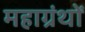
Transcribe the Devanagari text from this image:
महाग्रंथों